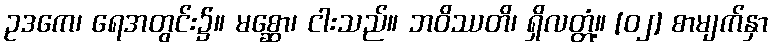
ဥဒကေ၊ ရေအတွင်း၌။ မစ္ဆော၊ ငါးသည်။ ဘဝိဿတိ၊ ရှိလတ္တံ့။ [၀၂] စာမျက်နှာ